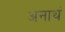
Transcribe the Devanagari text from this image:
अनाथं